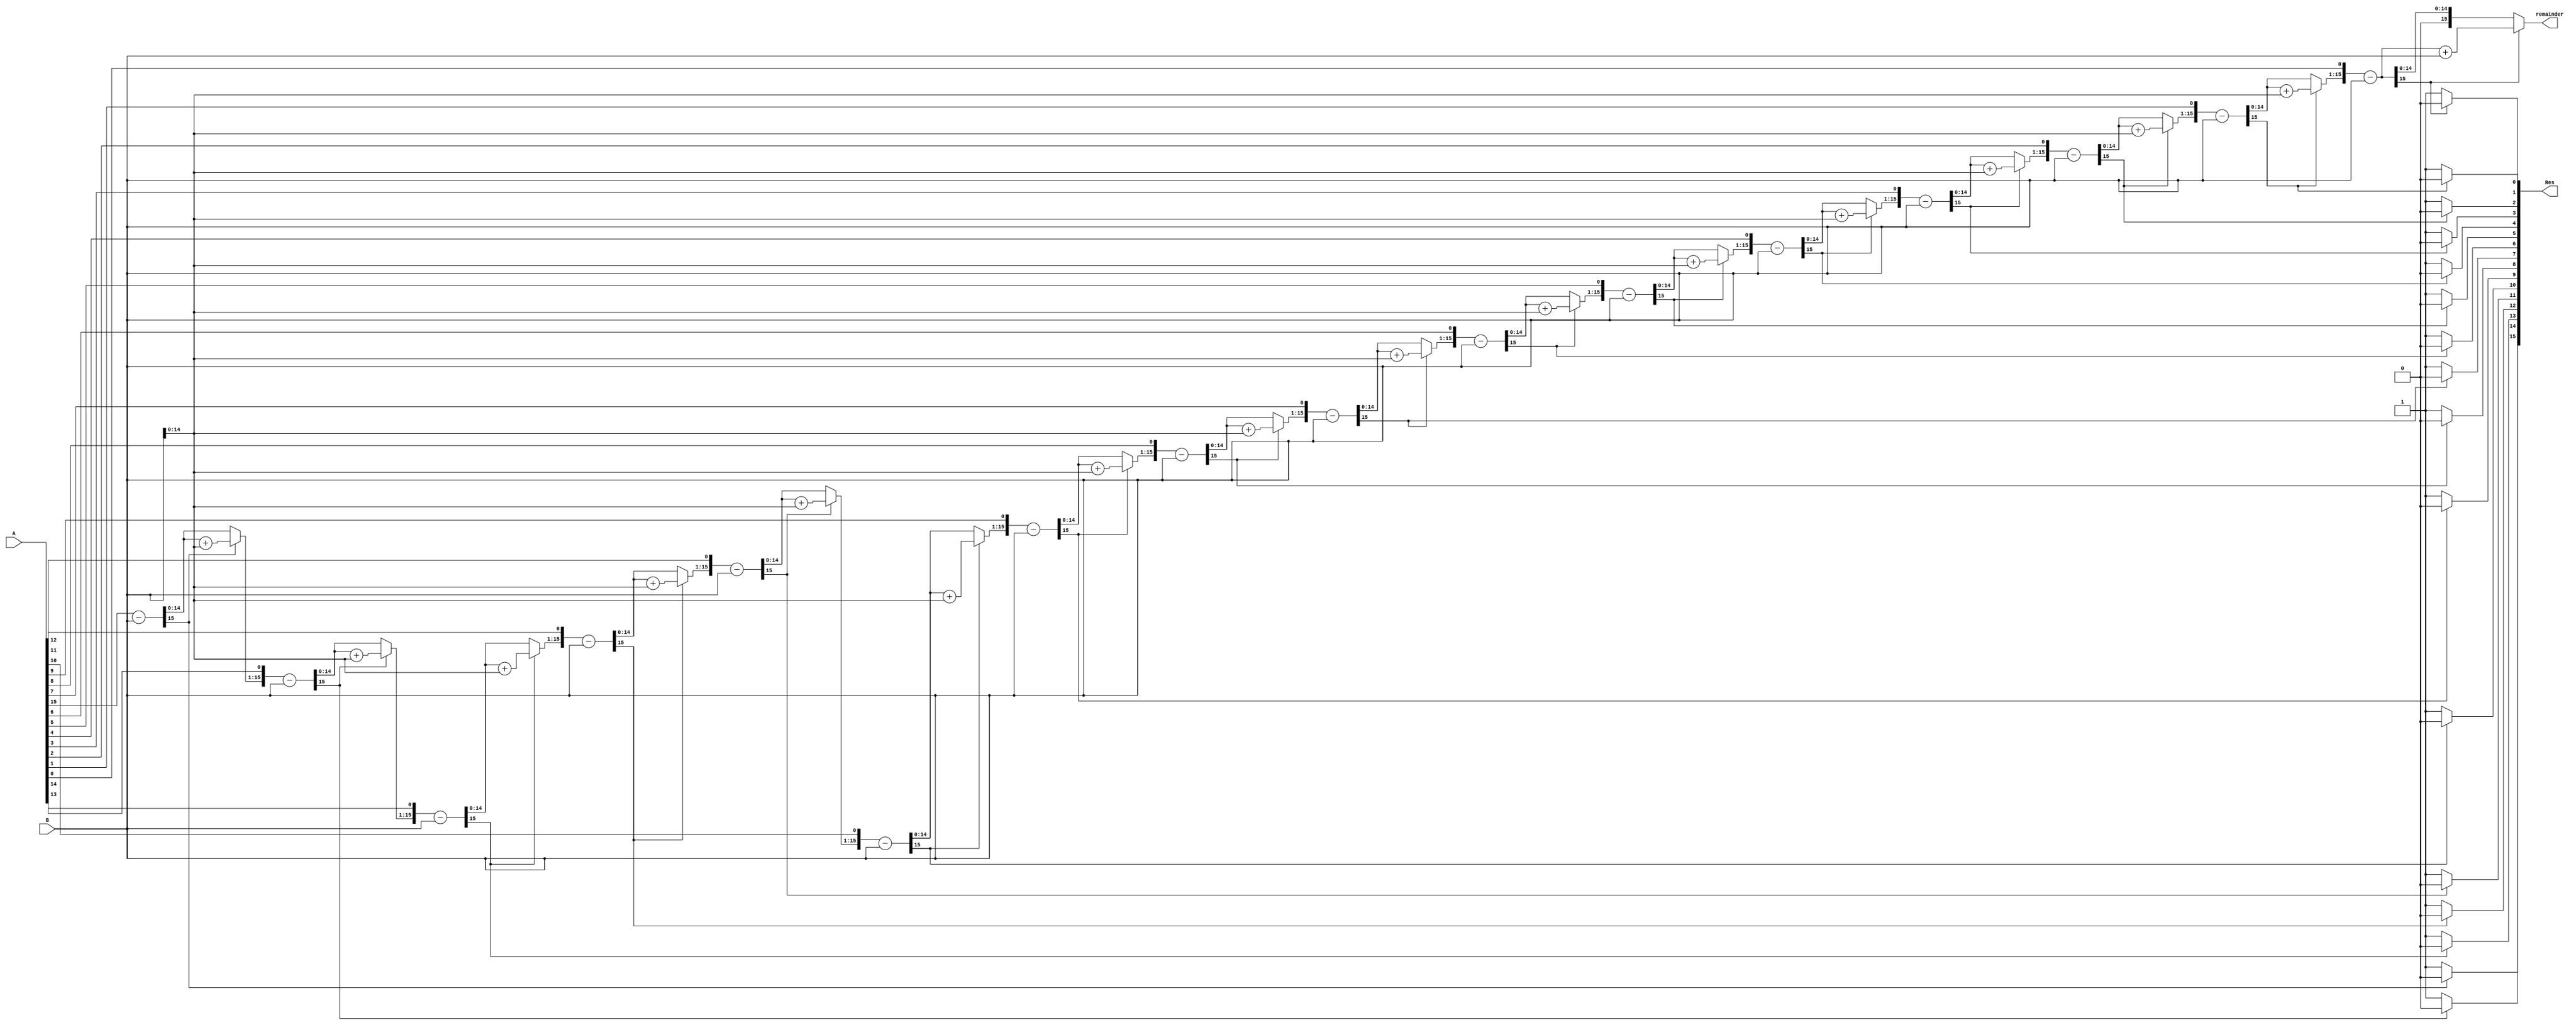

module Divider(A,B,Res,remainder);

    //the size of input and output ports of the division module is generic.
    parameter WIDTH = 16;
    //input and output ports.
    input [WIDTH-1:0] A;
    input [WIDTH-1:0] B;
    output [WIDTH-1:0] Res;
	 output reg [WIDTH-1:0] remainder;
    //internal variables    
    reg [WIDTH-1:0] Res = 0;
    reg [WIDTH-1:0] a1,b1;
    reg [WIDTH:0] p1;      
	 reg [7:0]remainderL;	 //		oneBit= 0;
    integer i;

    always@ (A or B)
    begin
        //initialize the variables.
        a1 = A;		//operand1
        b1 = B;		//operand2
        p1= 0;			//oneBit
        for(i=0;i < WIDTH;i=i+1)    begin //start the for loop
            p1 = {p1[WIDTH-2:0],a1[WIDTH-1]};
            a1[WIDTH-1:1] = a1[WIDTH-2:0];
            p1 = p1-b1;
            if(p1[WIDTH-1] == 1)    begin
                a1[0] = 0;			//operand2
                p1 = p1 + b1;   end	//onebit=onebit+operand1
            else
                a1[0] = 1;
        end
        Res = a1;   
		  {remainderL,remainder} = p1;
	 
	 end 

endmodule